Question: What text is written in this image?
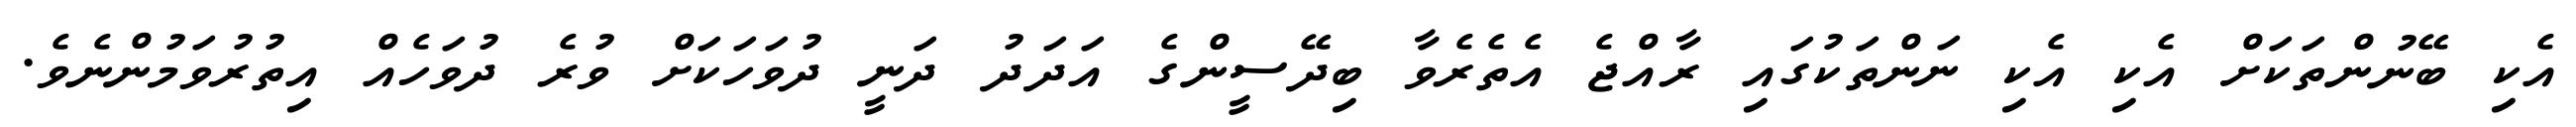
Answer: އެކި ބޭނުންތަކަށް އެކި އެކި ނަންތަކުގައި ރާއްޖެ އެތެރެވާ ބިދޭސީންގެ އަދަދު ދަނީ ދުވަހަކަށް ވުރެ ދުވަހެއް އިތުރުވަމުންނެވެ.